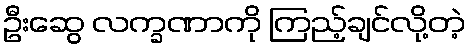
ဦးဆွေ လက္ခဏာကို ကြည့်ချင်လို့တဲ့